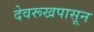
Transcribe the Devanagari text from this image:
देवरूखपासून